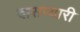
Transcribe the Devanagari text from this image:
दासप्यारी